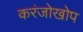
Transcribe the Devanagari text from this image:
करंजोखोप